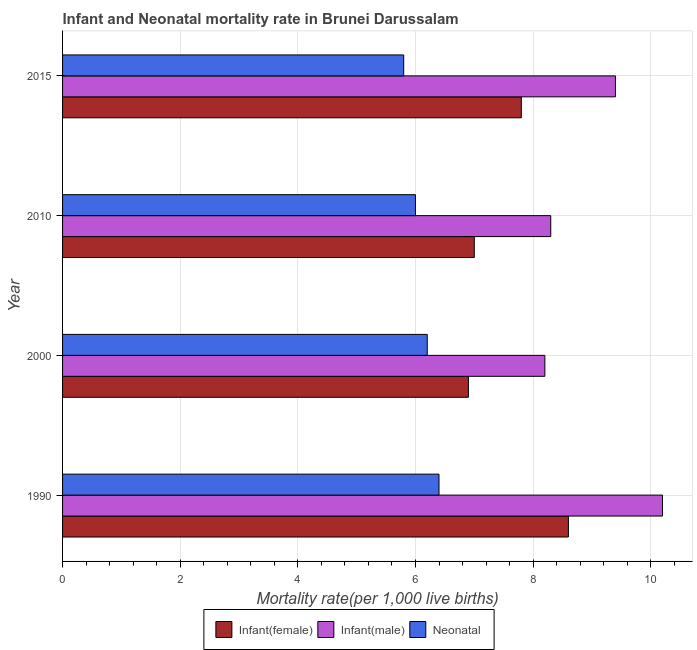
| Year | Infant(female) | Infant(male) | Neonatal  |
 | --- | --- | --- | --- |
 | 1990 | 8.6 | 10.2 | 6.4 |
 | 2000 | 6.9 | 8.2 | 6.2 |
 | 2010 | 7 | 8.3 | 6 |
 | 2015 | 7.8 | 9.4 | 5.8 |